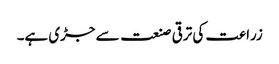
زراعت کی ترقی صنعت سے جڑی ہے۔